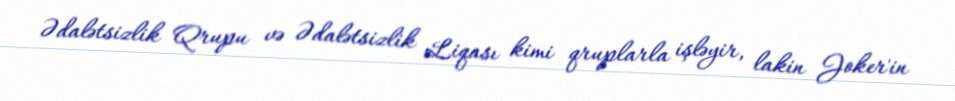
Ədalətsizlik Qrupu və Ədalətsizlik Liqası kimi qruplarla işləyir, lakin Joker'in